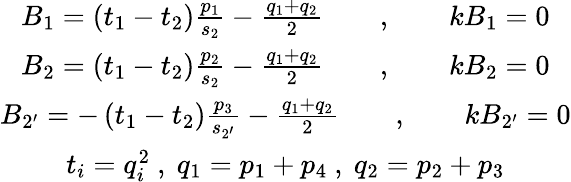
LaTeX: \begin{array}{c}{{B_{1}=\left(t_{1}-t_{2}\right)\frac{p_{1}}{s_{2}}-\frac{q_{1}+q_{2}}2\qquad,\qquad kB_{1}=0}}\\ {{B_{2}=\left(t_{1}-t_{2}\right)\frac{p_{2}}{s_{2}}-\frac{q_{1}+q_{2}}2\qquad,\qquad kB_{2}=0}}\\ {{B_{2^{\prime}}=-\left(t_{1}-t_{2}\right)\frac{p_{3}}{s_{2^{\prime}}}-\frac{q_{1}+q_{2}}2\qquad,\qquad kB_{2^{\prime}}=0}}\\ {{t_{i}=q_{i}^{2}\ ,\ q_{1}=p_{1}+p_{4}\ ,\ q_{2}=p_{2}+p_{3}}}\end{array}